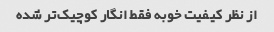
از نظر کیفیت خوبه فقط انگار کوچیک‌تر شده